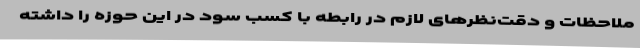
ملاحظات و دقت‌نظرهای لازم در رابطه با کسب سود در این حوزه را داشته